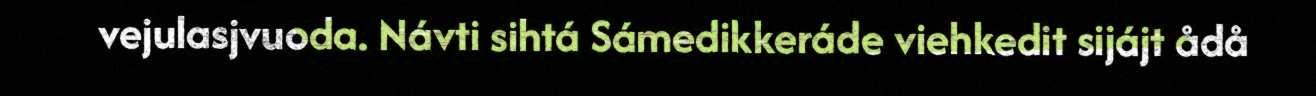
vejulasjvuoda. Návti sihtá Sámedikkeráde viehkedit sijájt ådå